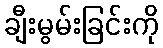
ချီးမွမ်းခြင်းကို